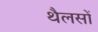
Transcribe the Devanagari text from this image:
थैलसों